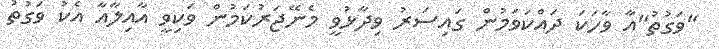
"ވަގުތު"އާ ވާހަކަ ދައްކަވަމުން ގައިސަރު ވިދާޅުވީ މެނޭޖަރުކަމުން ވަކިވީ އާއިލާއާ އެކު ވަގުތު